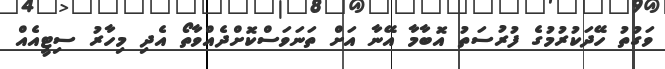
ވަގުތު ހޭދަކުރުމުގެ ފުރުސަތު އޮބާމާ އޭނާ އަށް ތަނަވަސްކޮށްދެއްވާތޯ އެދި މިހާރު ސިޓީއެއް